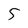
Character: 5